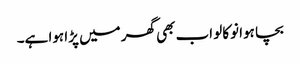
بچا ہوا نوکالو اب بھی گھر میں پڑا ہوا ہے۔